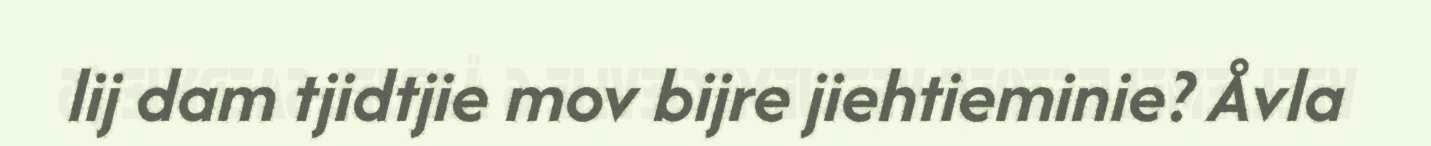
lij dam tjidtjie mov bijre jiehtieminie? Åvla